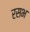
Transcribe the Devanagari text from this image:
रसभ